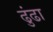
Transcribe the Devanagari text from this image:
ढुंढा